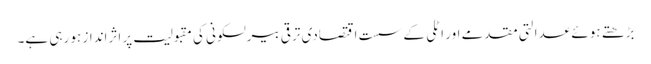
بڑھتے ہوئے عدالتی مقدمے اور اٹلی کے سست اقتصادی ترقی بیرلسکونی کی مقبولیت پر اثرانداز ہو رہی ہے۔